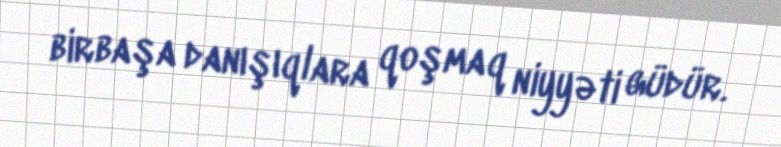
birbaşa danışıqlara qoşmaq niyyəti güdür.